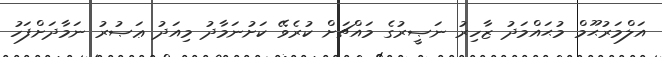
އަލްމަރުޙޫމް މުޙައްމަދު ޒާހިރު ނަޞީރުގެ މައްޗަށް ކުރެވޭ ކަށުނަމާދު މިއަދު ޢަޞުރު ނަމާދަށްފަހު